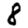
Digit: 8